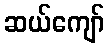
ဆယ်ကျော်